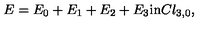
E = E _ { 0 } + E _ { 1 } + E _ { 2 } + E _ { 3 } \mathrm { i n } C l _ { 3 , 0 } ,